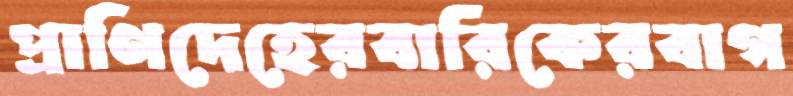
প্রাণিদেহেরবারিকেরবাগ